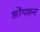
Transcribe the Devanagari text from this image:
झोंगशन